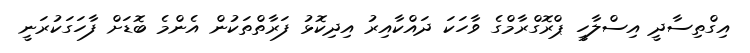
އިގްތިސާދީ އިސްލާހީ ޕްރޮގްރާމްގެ ވާހަކަ ދައްކާއިރު އިދިކޮޅު ފަރާތްތަކުން އެންމެ ބޮޑަށް ފާހަގަކުރަނީ